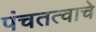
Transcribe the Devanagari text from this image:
पंचतत्वाचे